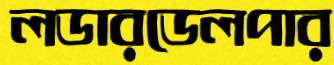
লডারডেলপার